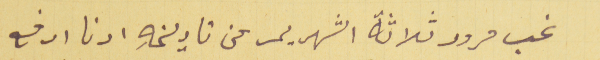
غب مرور ثلاثة الشهر يمر عن تاريخهِ ادنا ادفع